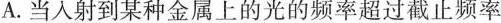
A.当入射到某种金属上的光的频率超过截止频率